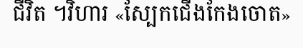
ជីវិត ។វិហារ «ស្បែកជើងកែងចោត»